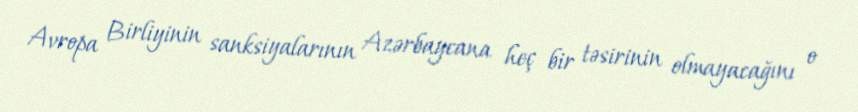
Avropa Birliyinin sanksiyalarının Azərbaycana heç bir təsirinin olmayacağını o